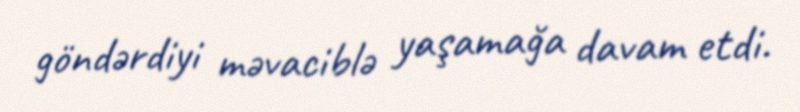
göndərdiyi məvaciblə yaşamağa davam etdi.